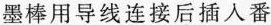
墨棒用导线连接后插入番